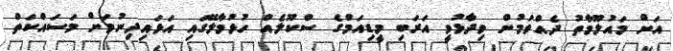
އަށް މައުލޫމާތު ދެއްވަމުން ވިދާޅުވީ އަރަބި މީޑިއަމްގެ ސްކޫލެއް ހުޅުމާލޭގައި އަޅައިދިނުމަށް މަސައްކަތް